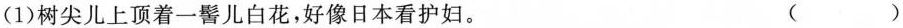
(1) 树尖儿上顶着一髻儿白花，好像日本看护妇。 （ ）